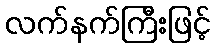
လက်နက်ကြီးဖြင့်